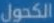
الكحول